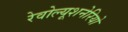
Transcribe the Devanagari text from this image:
रेवोल्यूशनेरियो